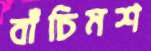
বাঁচিমশ